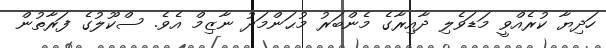
ހަދިޔާ ކުރެއްވީ މަޑަވެލި ދާއިރާގެ މެންބަރު މުޙަންމަދު ނާޒިމް އެވެ. ސްކޫލުގެ ފަރާތުން